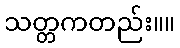
သတ္တကတည်း။။